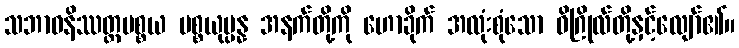
သဘာဝနိဿတ္တပစ္စယ ပစ္စယုပ္ပန္န အနက်တို့ကို ဟောခိုက် အလုံးစုံသော ဝိဂြိုလ်တို့နှင့်လျော်၏။